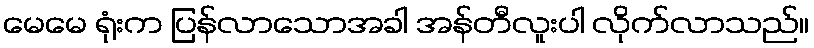
မေမေ ရုံးက ပြန်လာသောအခါ အန်တီလူးပါ လိုက်လာသည်။